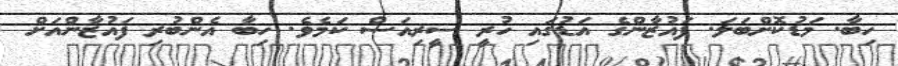
ހިބާ. މަޑުކޮށްބަލަ. ފައުޒާންގެ އަޑުގައި ހުރީ ސީރިއަސް ކަމެވެ. ހިބާ އެންބުރި ފައުޒާންއަށް